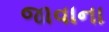
જાવાના